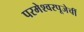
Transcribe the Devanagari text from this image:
परमेश्वरपूजेचीं